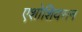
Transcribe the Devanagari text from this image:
एशोशियसन